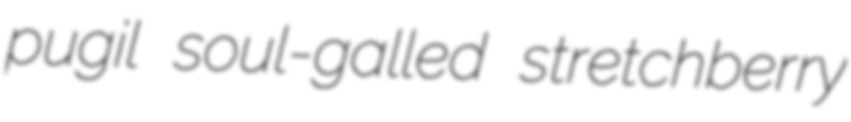
pugil soul-galled stretchberry